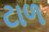
ટાળ